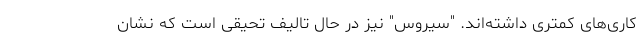
کاری‌های کمتری داشته‌اند. "سیروس" نیز در حال تالیف تحیقی است که نشان